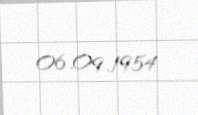
06.09.1954